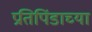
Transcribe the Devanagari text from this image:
प्रतिपिंडाच्या